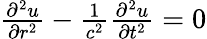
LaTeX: \begin{array}{r}{\frac{\partial^{2}u}{\partial r^{2}}-\frac{1}{c^{2}}\frac{\partial^{2}u}{\partial t^{2}}=0}\end{array}